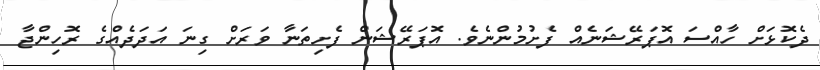
ދެކޮޅަށް ހާއްސަ އޮޕަރޭޝަނެއް ފެށުމުންނެވެ. އޮޕަރޭޝަން ފެށިތަނާ ވަރަށް ގިނަ އަދަދެއްގެ ރޮހިންޖާ